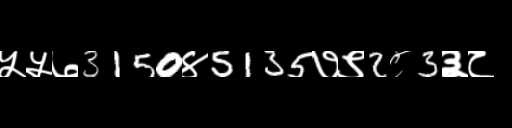
Text: ५५७3150४5135७९2८3३८